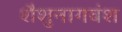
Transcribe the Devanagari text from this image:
शैशुनागवंश